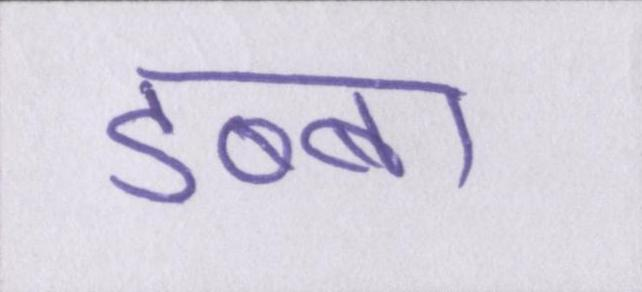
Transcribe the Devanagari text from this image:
डब्बा